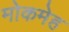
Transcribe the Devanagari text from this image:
मोकमेह